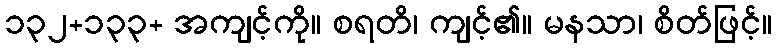
၁၃၂+၁၃၃+ အကျင့်ကို။ စရတိ၊ ကျင့်၏။ မနသာ၊ စိတ်ဖြင့်။